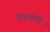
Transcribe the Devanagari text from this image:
प्रतलांनी